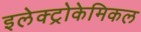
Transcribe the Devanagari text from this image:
इलेक्ट्रोकेमिकल